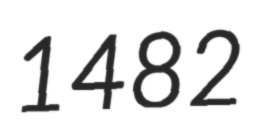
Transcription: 1482